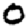
Digit: 0